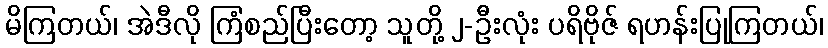
မိကြတယ်၊ အဲဒီလို ကြံစည်ပြီးတော့ သူတို့ ၂-ဦးလုံး ပရိဗိုဇ် ရဟန်းပြုကြတယ်၊